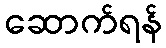
ဆောက်ရန်